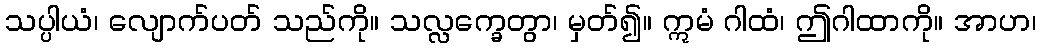
သပ္ပါယံ၊ လျောက်ပတ် သည်ကို။ သလ္လက္ခေတွာ၊ မှတ်၍။ ဣမံ ဂါထံ၊ ဤဂါထာကို။ အာဟ၊